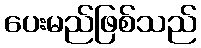
ပေးမည်ဖြစ်သည်